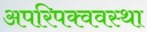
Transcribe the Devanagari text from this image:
अपरिपक्ववस्था